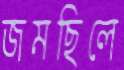
জমছিলে